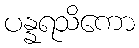
ပန္နရသိကော